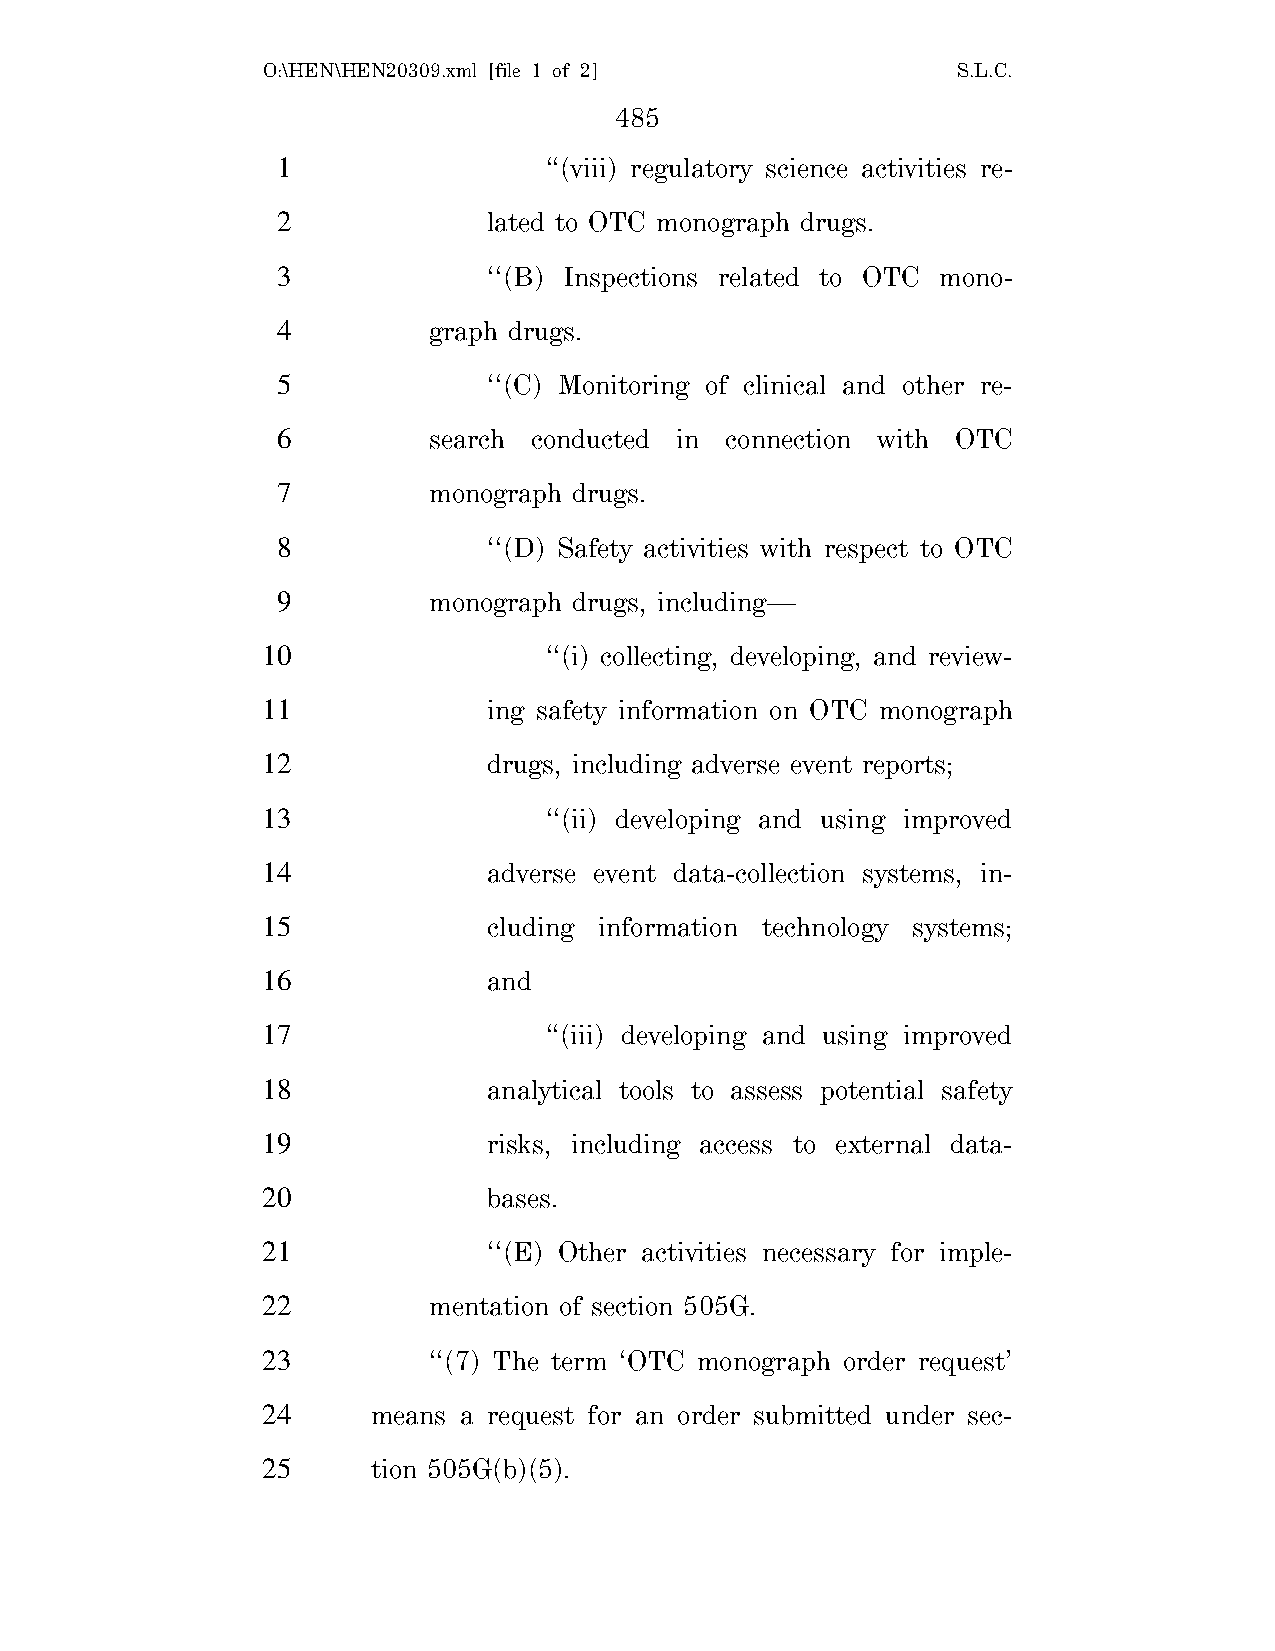
O:\HEN\HEN20309.xml [file 1 of 2]             S.L.C.
 485
 1                 ‘‘(viii) regulatory science activities re-
 2             lated to OTC monograph drugs.
 3             ‘‘(B) Inspections related to OTC mono-
 4         graph drugs.
 5             ‘‘(C) Monitoring of clinical and other re-
 6         search conducted in connection with OTC
 7         monograph drugs.
 8             ‘‘(D) Safety activities with respect to OTC
 9         monograph drugs, including—
 10                 ‘‘(i) collecting, developing, and review-
 11             ing safety information on OTC monograph
 12             drugs, including adverse event reports;
 13                 ‘‘(ii) developing and using improved
 14             adverse event data-collection systems, in-
 15             cluding information technology systems;
 16             and
 17                 ‘‘(iii) developing and using improved
 18             analytical tools to assess potential safety
 19             risks, including access to external data-
 20             bases.
 21             ‘‘(E) Other activities necessary for imple-
 22         mentation of section 505G.
 23         ‘‘(7) The term ‘OTC monograph order request’
 24      means a request for an order submitted under sec-
 25      tion 505G(b)(5).